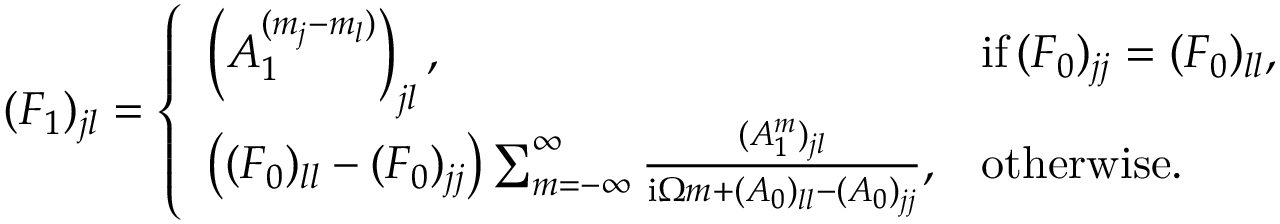
\begin{array} { r } { ( F _ { 1 } ) _ { j l } = \left\{ \begin{array} { l l } { \left( A _ { 1 } ^ { ( m _ { j } - m _ { l } ) } \right) _ { j l } , } & { \mathrm { i f } \, ( F _ { 0 } ) _ { j j } = ( F _ { 0 } ) _ { l l } , } \\ { \left( ( F _ { 0 } ) _ { l l } - ( F _ { 0 } ) _ { j j } \right) \sum _ { m = - \infty } ^ { \infty } \frac { ( A _ { 1 } ^ { m } ) _ { j l } } { \mathrm { i } \Omega m + ( A _ { 0 } ) _ { l l } - ( A _ { 0 } ) _ { j j } } , } & { \mathrm { o t h e r w i s e . } } \end{array} \right. } \end{array}